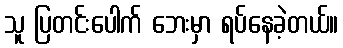
သူ ပြတင်းပေါက် ဘေးမှာ ရပ်နေခဲ့တယ်။